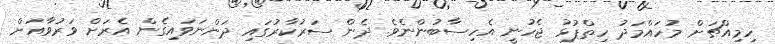
ހިމިއްޗަށް މުހައްމަދު ހިތްޕުޅު ޖެހުނީ އެހިސާބުންނެވެ. ދެން ސަރުކާރުގައި ދަންނަވައިގެން އެރަށް ވަރުވާއަށް